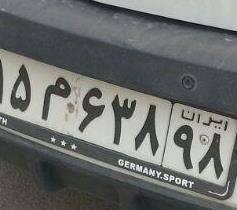
۱۵م۶۳۸۹۸